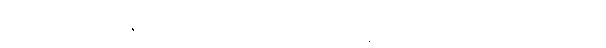
အာဂတာ၊ ၏။ ပန၊ ထိုသို့လာသော် လည်း။ ဣမသ္မိံအတ္ထေ၊ ဤအဘိညာနိသံသဟု